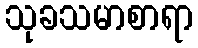
သုခသမာစာရာ